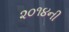
૨૦૧૪ની